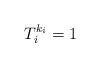
LaTeX: \begin{align*}T^{k_i}_i=1 \end{align*}